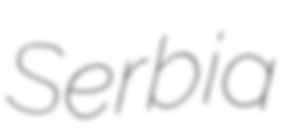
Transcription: Serbia